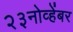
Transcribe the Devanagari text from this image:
२३नोव्हेंबर